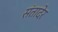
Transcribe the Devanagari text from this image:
संतादेर